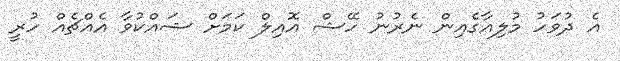
އެ ދުވަހު މުލިއާގެއިން ނެރުނު ހޭޝް އޮއިލް ކަމަށް ޝައްކުވާ އެއްޗެއް ހުރީ